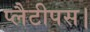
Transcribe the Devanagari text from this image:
प्लैटीपस।